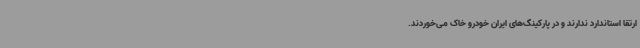
ارتقا استاندارد ندارند و در پارکینگ‌های ایران خودرو خاک می‌خوردند.